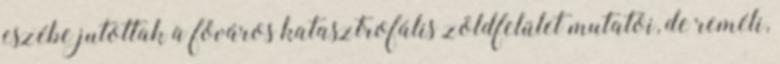
eszébe jutottak a főváros katasztrofális zöldfelület mutatói, de reméli,